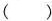
( )